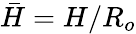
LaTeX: \bar{H}=H/R_{o}